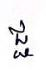
ជ្ជ